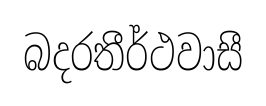
බදරතීර්ථවාසී